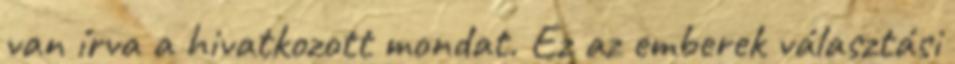
van írva a hivatkozott mondat. Ez az emberek választási